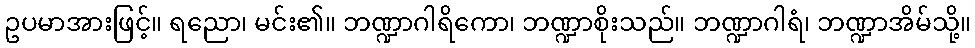
ဥပမာအားဖြင့်။ ရညော၊ မင်း၏။ ဘဏ္ဍာဂါရိကော၊ ဘဏ္ဍာစိုးသည်။ ဘဏ္ဍာဂါရံ၊ ဘဏ္ဍာအိမ်သို့။